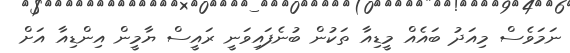
ނަމަވެސް މިއަދު ބައެއް މީޑިއާ ތަކުން ބުނެފައިވަނީ ރައީސް ޔާމީން އިންޑިއާ އަށް